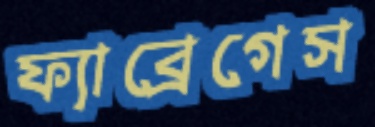
ফ্যাব্রেগেস